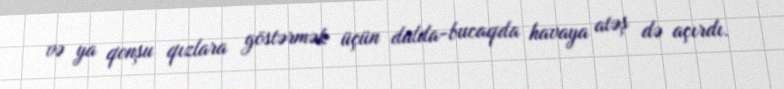
və ya qonşu qızlara göstərmək üçün dalda-bucaqda havaya atəş də açırdı.